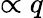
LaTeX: \propto q